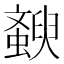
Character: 斔